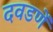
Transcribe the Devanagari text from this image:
दवडणें